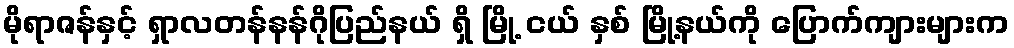
မိုရာဇန်နှင့် ရှာလတန်နန်ဂိုပြည်နယ် ရှိ မြို့ ငယ် နှစ် မြို့နယ်ကို ပြောက်ကျားများက